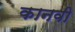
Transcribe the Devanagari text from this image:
कानवी